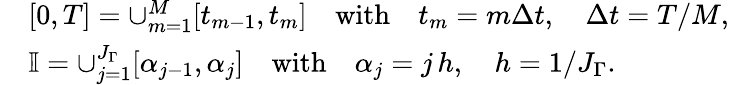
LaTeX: \begin{array}{rl}&{[0,T]=\cup_{m=1}^{M}[t_{m-1},t_{m}]\quad\mathrm{with}\quad t_{m}=m\Delta t,\quad\Delta t=T/M,}\\ &{\mathbb{I}=\cup_{j=1}^{J_{\Gamma}}[\alpha_{j-1},\alpha_{j}]\quad\mathrm{with}\quad\alpha_{j}=j\, h,\quad h=1/J_{\Gamma}.}\end{array}